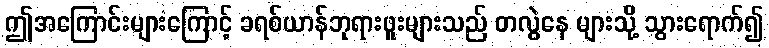
ဤအကြောင်းများကြောင့် ခရစ်ယာန်ဘုရားဖူးများသည် တလွဲနေ များသို့ သွားရောက်၍